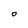
Character: O